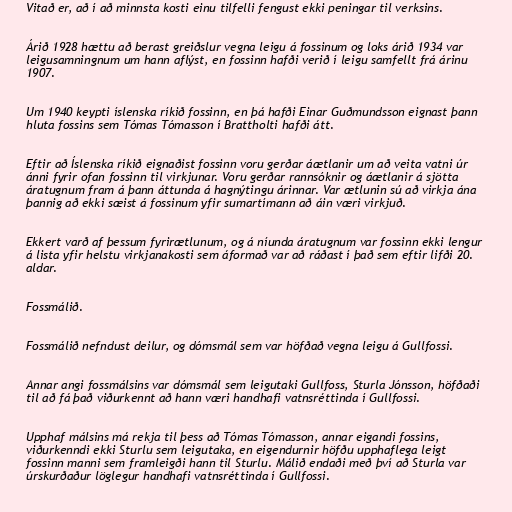
Vitað er, að í að minnsta kosti einu tilfelli fengust ekki peningar til verksins.

Árið 1928 hættu að berast greiðslur vegna leigu á fossinum og loks árið 1934 var
leigusamningnum um hann aflýst, en fossinn hafði verið í leigu samfellt frá árinu
1907.

Um 1940 keypti íslenska ríkið fossinn, en þá hafði Einar Guðmundsson eignast þann
hluta fossins sem Tómas Tómasson í Brattholti hafði átt.

Eftir að Íslenska ríkið eignaðist fossinn voru gerðar áætlanir um að veita vatni úr
ánni fyrir ofan fossinn til virkjunar. Voru gerðar rannsóknir og áætlanir á sjötta
áratugnum fram á þann áttunda á hagnýtingu árinnar. Var ætlunin sú að virkja ána
þannig að ekki sæist á fossinum yfir sumartímann að áin væri virkjuð.

Ekkert varð af þessum fyrirætlunum, og á níunda áratugnum var fossinn ekki lengur
á lista yfir helstu virkjanakosti sem áformað var að ráðast í það sem eftir lifði 20.
aldar.

Fossmálið.

Fossmálið nefndust deilur, og dómsmál sem var höfðað vegna leigu á Gullfossi.

Annar angi fossmálsins var dómsmál sem leigutaki Gullfoss, Sturla Jónsson, höfðaði
til að fá það viðurkennt að hann væri handhafi vatnsréttinda í Gullfossi.

Upphaf málsins má rekja til þess að Tómas Tómasson, annar eigandi fossins,
viðurkenndi ekki Sturlu sem leigutaka, en eigendurnir höfðu upphaflega leigt
fossinn manni sem framleigði hann til Sturlu. Málið endaði með því að Sturla var
úrskurðaður löglegur handhafi vatnsréttinda í Gullfossi.